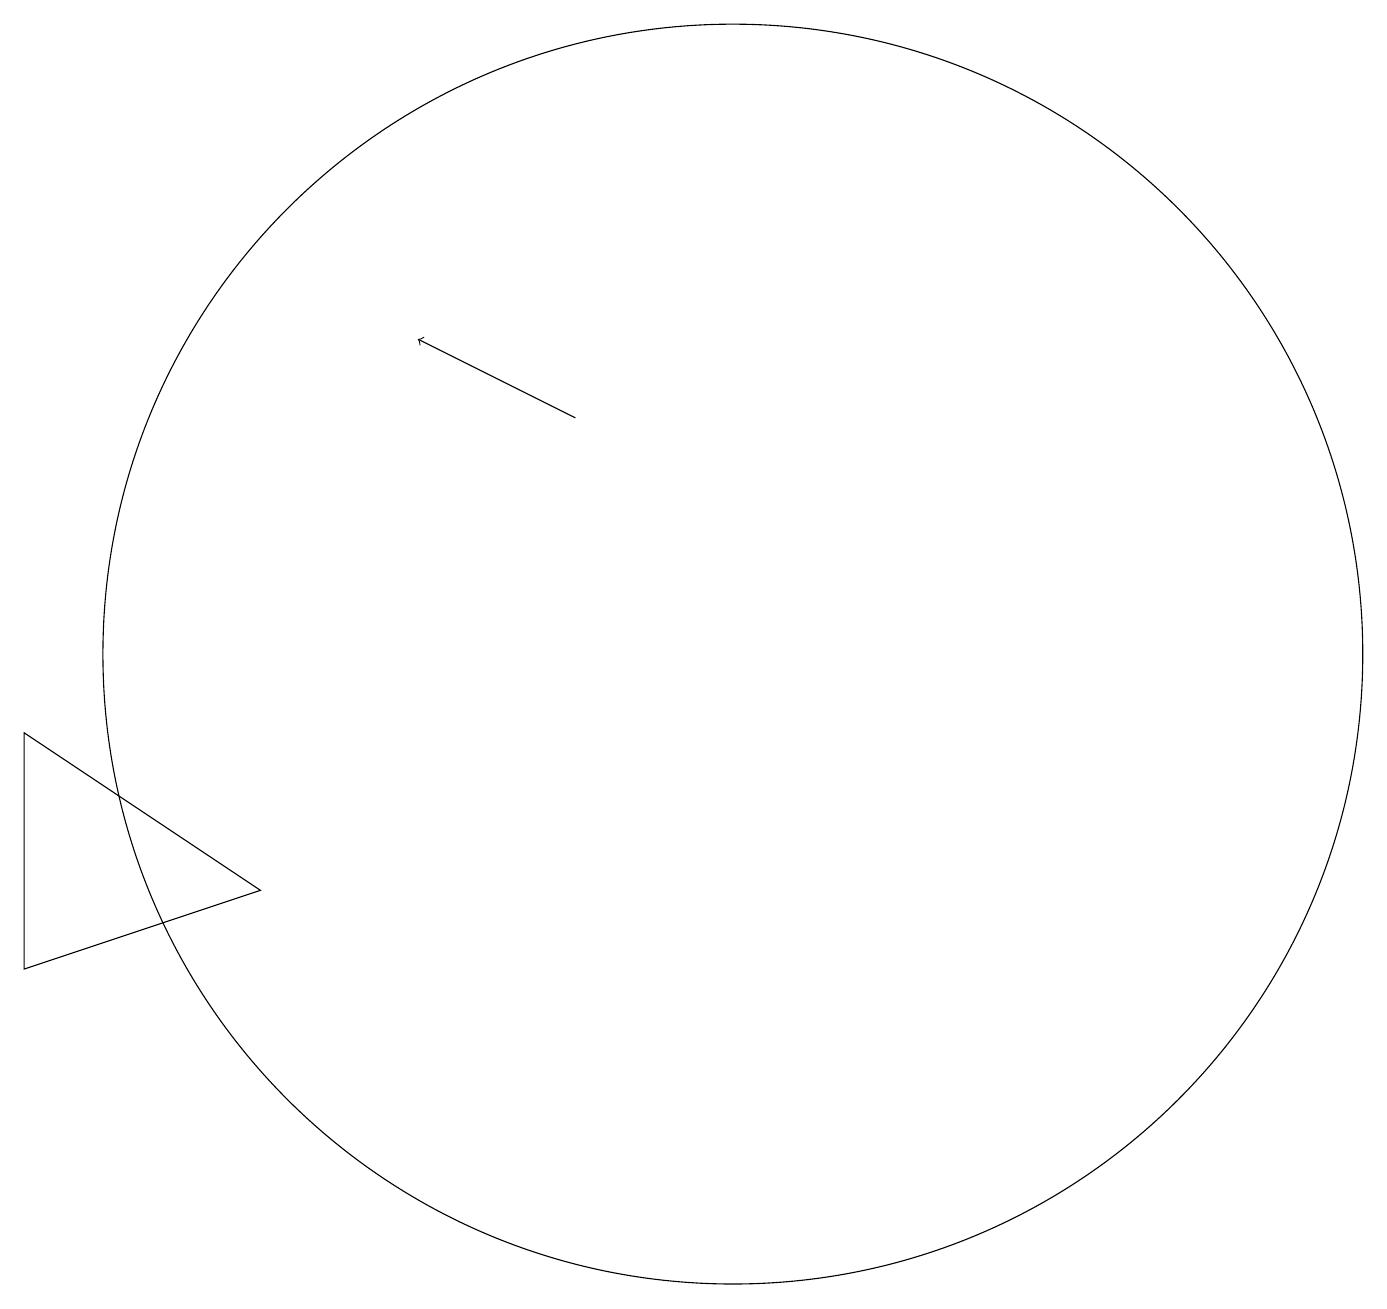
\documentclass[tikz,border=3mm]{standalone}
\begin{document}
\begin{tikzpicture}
\draw[->] (9,13) -- (7,14);
\draw (2,9) -- (2,6) -- (5,7) -- cycle;
\draw (11,10) circle (8);
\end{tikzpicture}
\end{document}